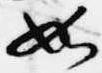
如